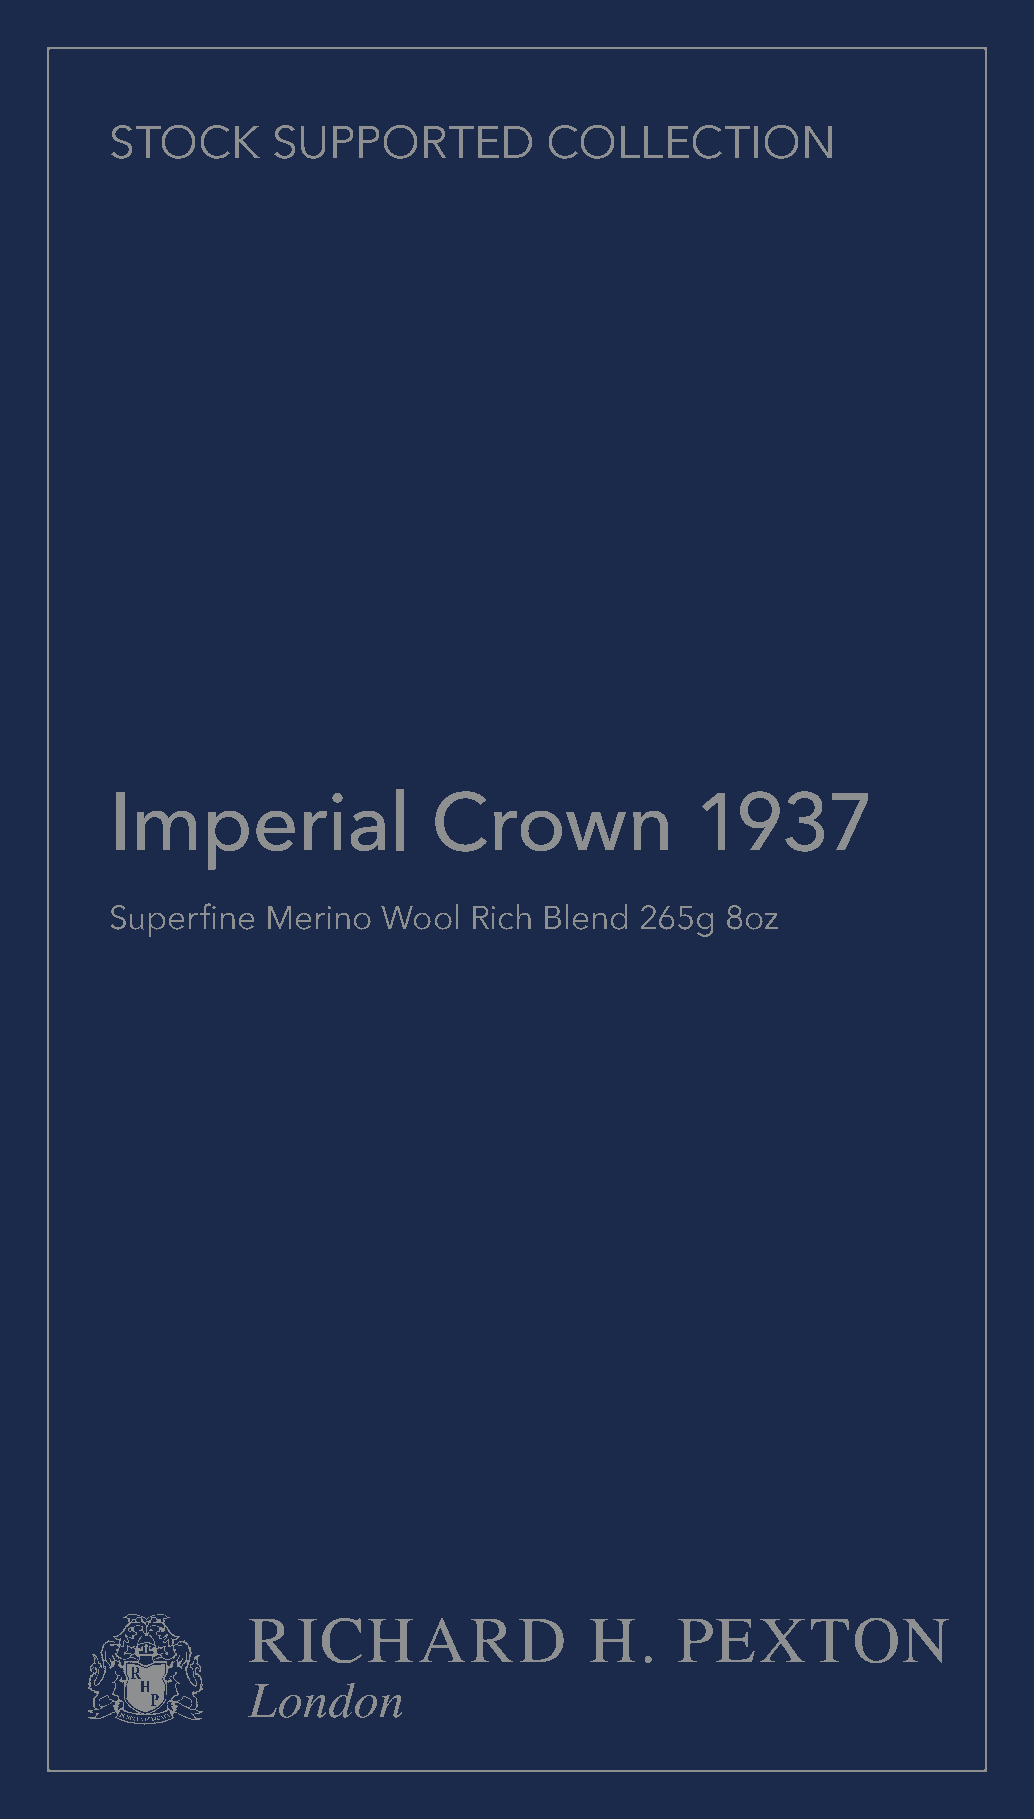
STOCK      SUPPORTED         COLLECTION
 Imperial              Crown            1937
 Superfine  Merino Wool  Rich Blend 265g  8oz
 RICHARD                H.    PEXTON
 London